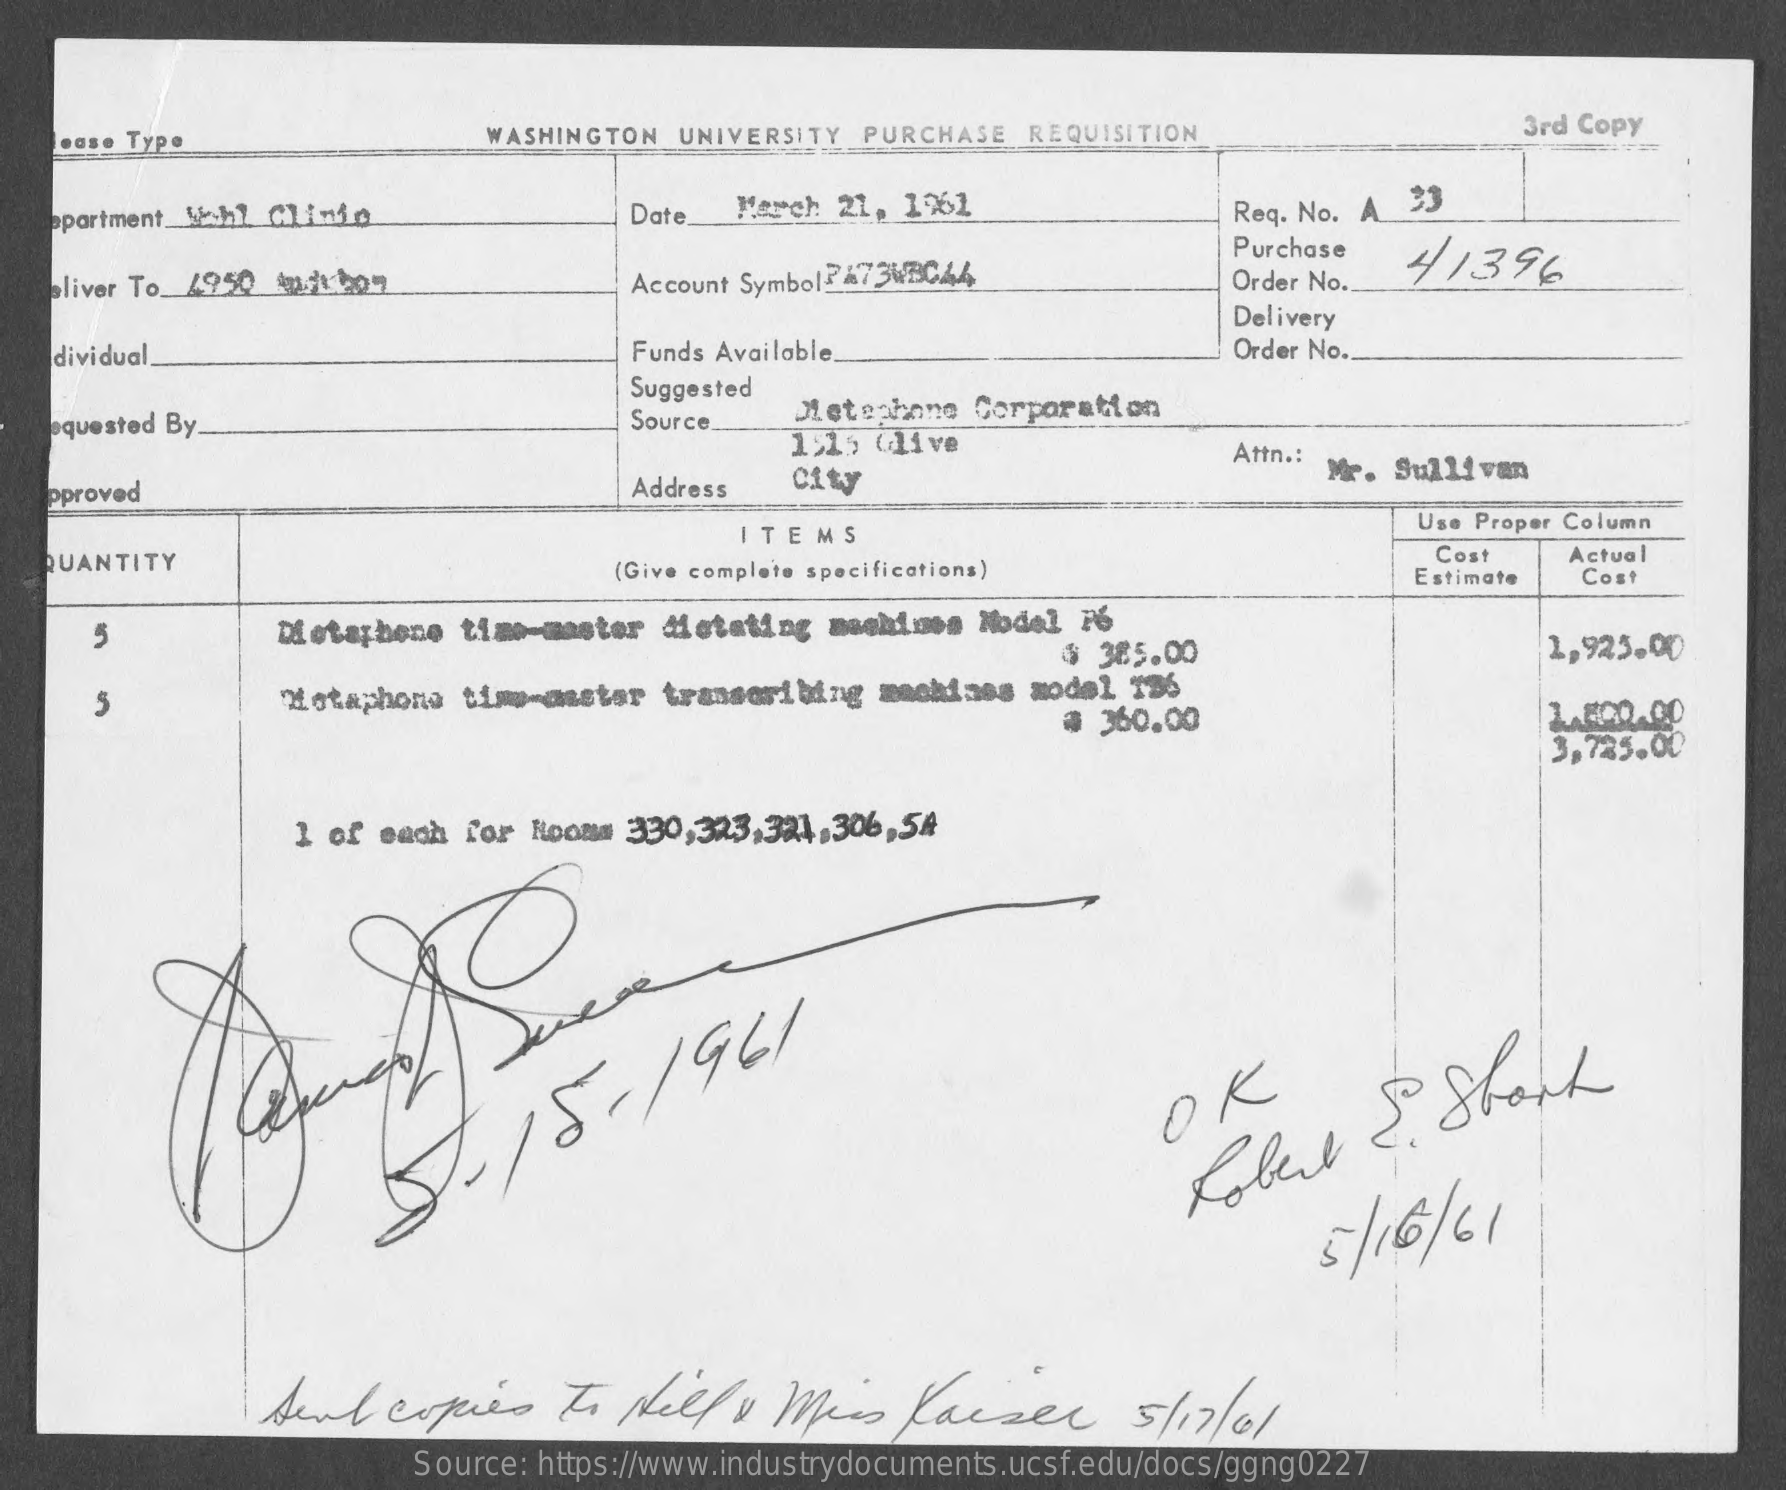
ease Type    WASHINGTON  UNIVERSITY PURCHASE   REQUISITION    3rd Copy
   apartment_Wh] Clinic    Date_  March 21, 1961    Req. No. A 33
     Purchase
   Bliver To 1950 420207    Account Symbol ?673WBC44    Order No.
     41396
     Delivery
    dividual.    Funds Available    Order No.
     Suggested
   oquested By    Source    Metephone  Corporation
     1515 Glive
     city
     Attn .:
     Address
     Me. Sullivan
   pproved
     ITEMS
     Use Proper Column
   QUANTITY    (Give complete specifications)
     Cost    Actual
     Estimate  Cost
     5    Dietarbene time-master dictating machines Model  Fé
     $ 385.00    1,923.00
     5    Hotaphone  tim-mester  transcribing machines  model 136
     @ 360.00    1.500.00
     3,785.00
     1 of each  for Rooms 330,323,331,306,5A
     5-15-
     1961
     OK
     5 /16/61
     Send   copies    to  Hell    , Mais    Kaiser    5/17/01
     Source: https://www.industrydocuments.ucsf.edu/docs/ggng0227